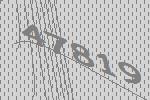
47819